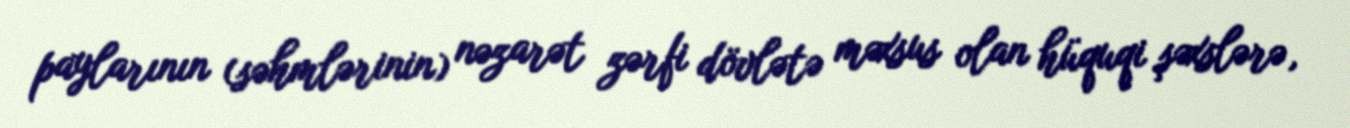
paylarının (səhmlərinin) nəzarət zərfi dövlətə məxsus olan hüquqi şəxslərə,